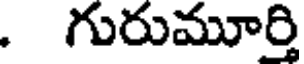
. గురుమూర్తి